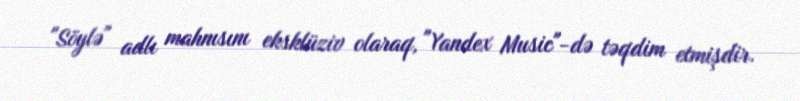
"Söylə" adlı mahnısını eksklüziv olaraq, "Yandex Music"-də təqdim etmişdir.